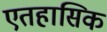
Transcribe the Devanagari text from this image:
एतहासिक